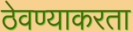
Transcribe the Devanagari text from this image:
ठेवण्याकरता